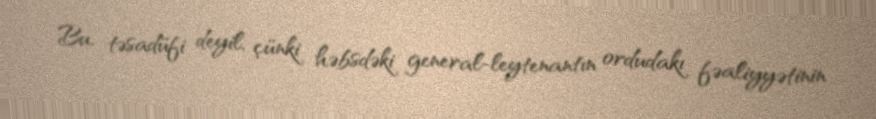
Bu, təsadüfi deyil, çünki həbsdəki general-leytenantın ordudakı fəaliyyətinin